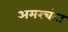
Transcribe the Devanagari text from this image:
अमरचंटा